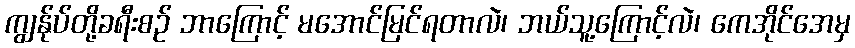
ကျွန်ုပ်တို့ခရီးစဉ် ဘာကြောင့် မအောင်မြင်ရတာလဲ၊ ဘယ်သူ့ကြောင့်လဲ၊ ကေအိုင်အေမှ